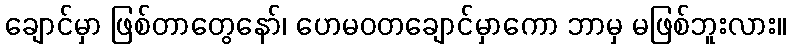
ချောင်မှာ ဖြစ်တာတွေနော်၊ ဟေမဝတချောင်မှာကော ဘာမှ မဖြစ်ဘူးလား။